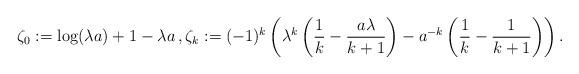
LaTeX: \begin{align*}\zeta_0:=\log(\lambda a)+1-\lambda a\,,\zeta_k:= (-1)^{k}\left(\lambda^{k}\left(\frac{1}{k}-\frac{a\lambda}{k+1}\right)-a^{-k}\left(\frac{1}{k}-\frac{1}{k+1}\right)\right).\end{align*}